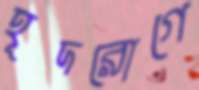
হূদরোগে